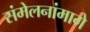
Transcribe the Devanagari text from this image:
संमेलनांमागे